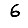
Digit: 6